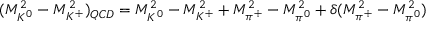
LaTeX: ( M _ { K ^ { 0 } } ^ { 2 } - M _ { K ^ { + } } ^ { 2 } ) _ { Q C D } = M _ { K ^ { 0 } } ^ { 2 } - M _ { K ^ { + } } ^ { 2 } + M _ { \pi ^ { + } } ^ { 2 } - M _ { \pi ^ { 0 } } ^ { 2 } + \delta ( M _ { \pi ^ { + } } ^ { 2 } - M _ { \pi ^ { 0 } } ^ { 2 } )